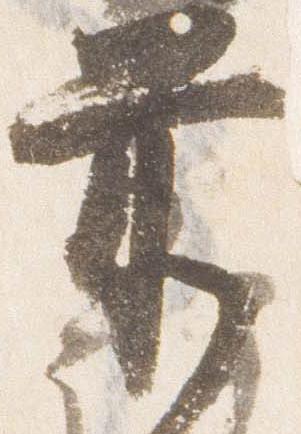
前